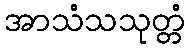
အာသံသသုတ္တံ